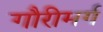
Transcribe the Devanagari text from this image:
गौरीमर्ग